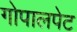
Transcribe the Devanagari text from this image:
गोपालपेट